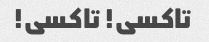
تاکسی! تاکسی!